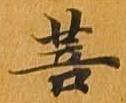
菩